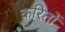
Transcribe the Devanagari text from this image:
करितों